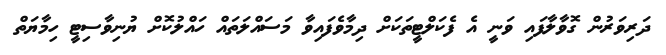
ދަރިވަރުން ގޮވާލާފައި ވަނީ އެ ފެކަލްޓީތަކަށް ދިމާވެފައިވާ މަސައްލަތައް ހައްލުކޮށް ޔުނިވާސިޓީ ހިމާޔަތް